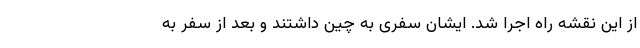
از این نقشه راه اجرا شد. ایشان سفری به چین داشتند و بعد از سفر به